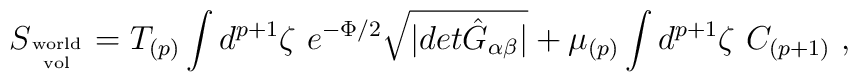
S_{\rm world\atop vol} =  T_{(p)} \int d^{p+1}\zeta \ e^{-\Phi/2}\sqrt{\vert det{\hat G}_{\alpha\beta}\vert }+ \mu_{(p)} \int d^{p+1}\zeta\ C_{(p+1)} \ ,